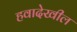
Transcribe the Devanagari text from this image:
हवादेखील